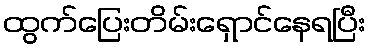
ထွက်ပြေးတိမ်းရှောင်နေရပြီး